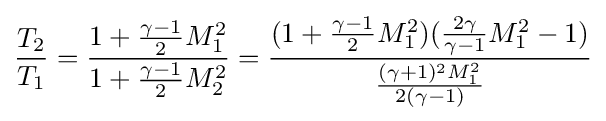
{\frac {T_{2}}{T_{1}}}={\frac {1+{\frac {\gamma -1}{2}}M_{1}^{2}}{1+{\frac {\gamma -1}{2}}M_{2}^{2}}}={\frac {(1+{\frac {\gamma -1}{2}}M_{1}^{2})({\frac {2\gamma }{\gamma -1}}M_{1}^{2}-1)}{\frac {(\gamma +1)^{2}M_{1}^{2}}{2(\gamma -1)}}}